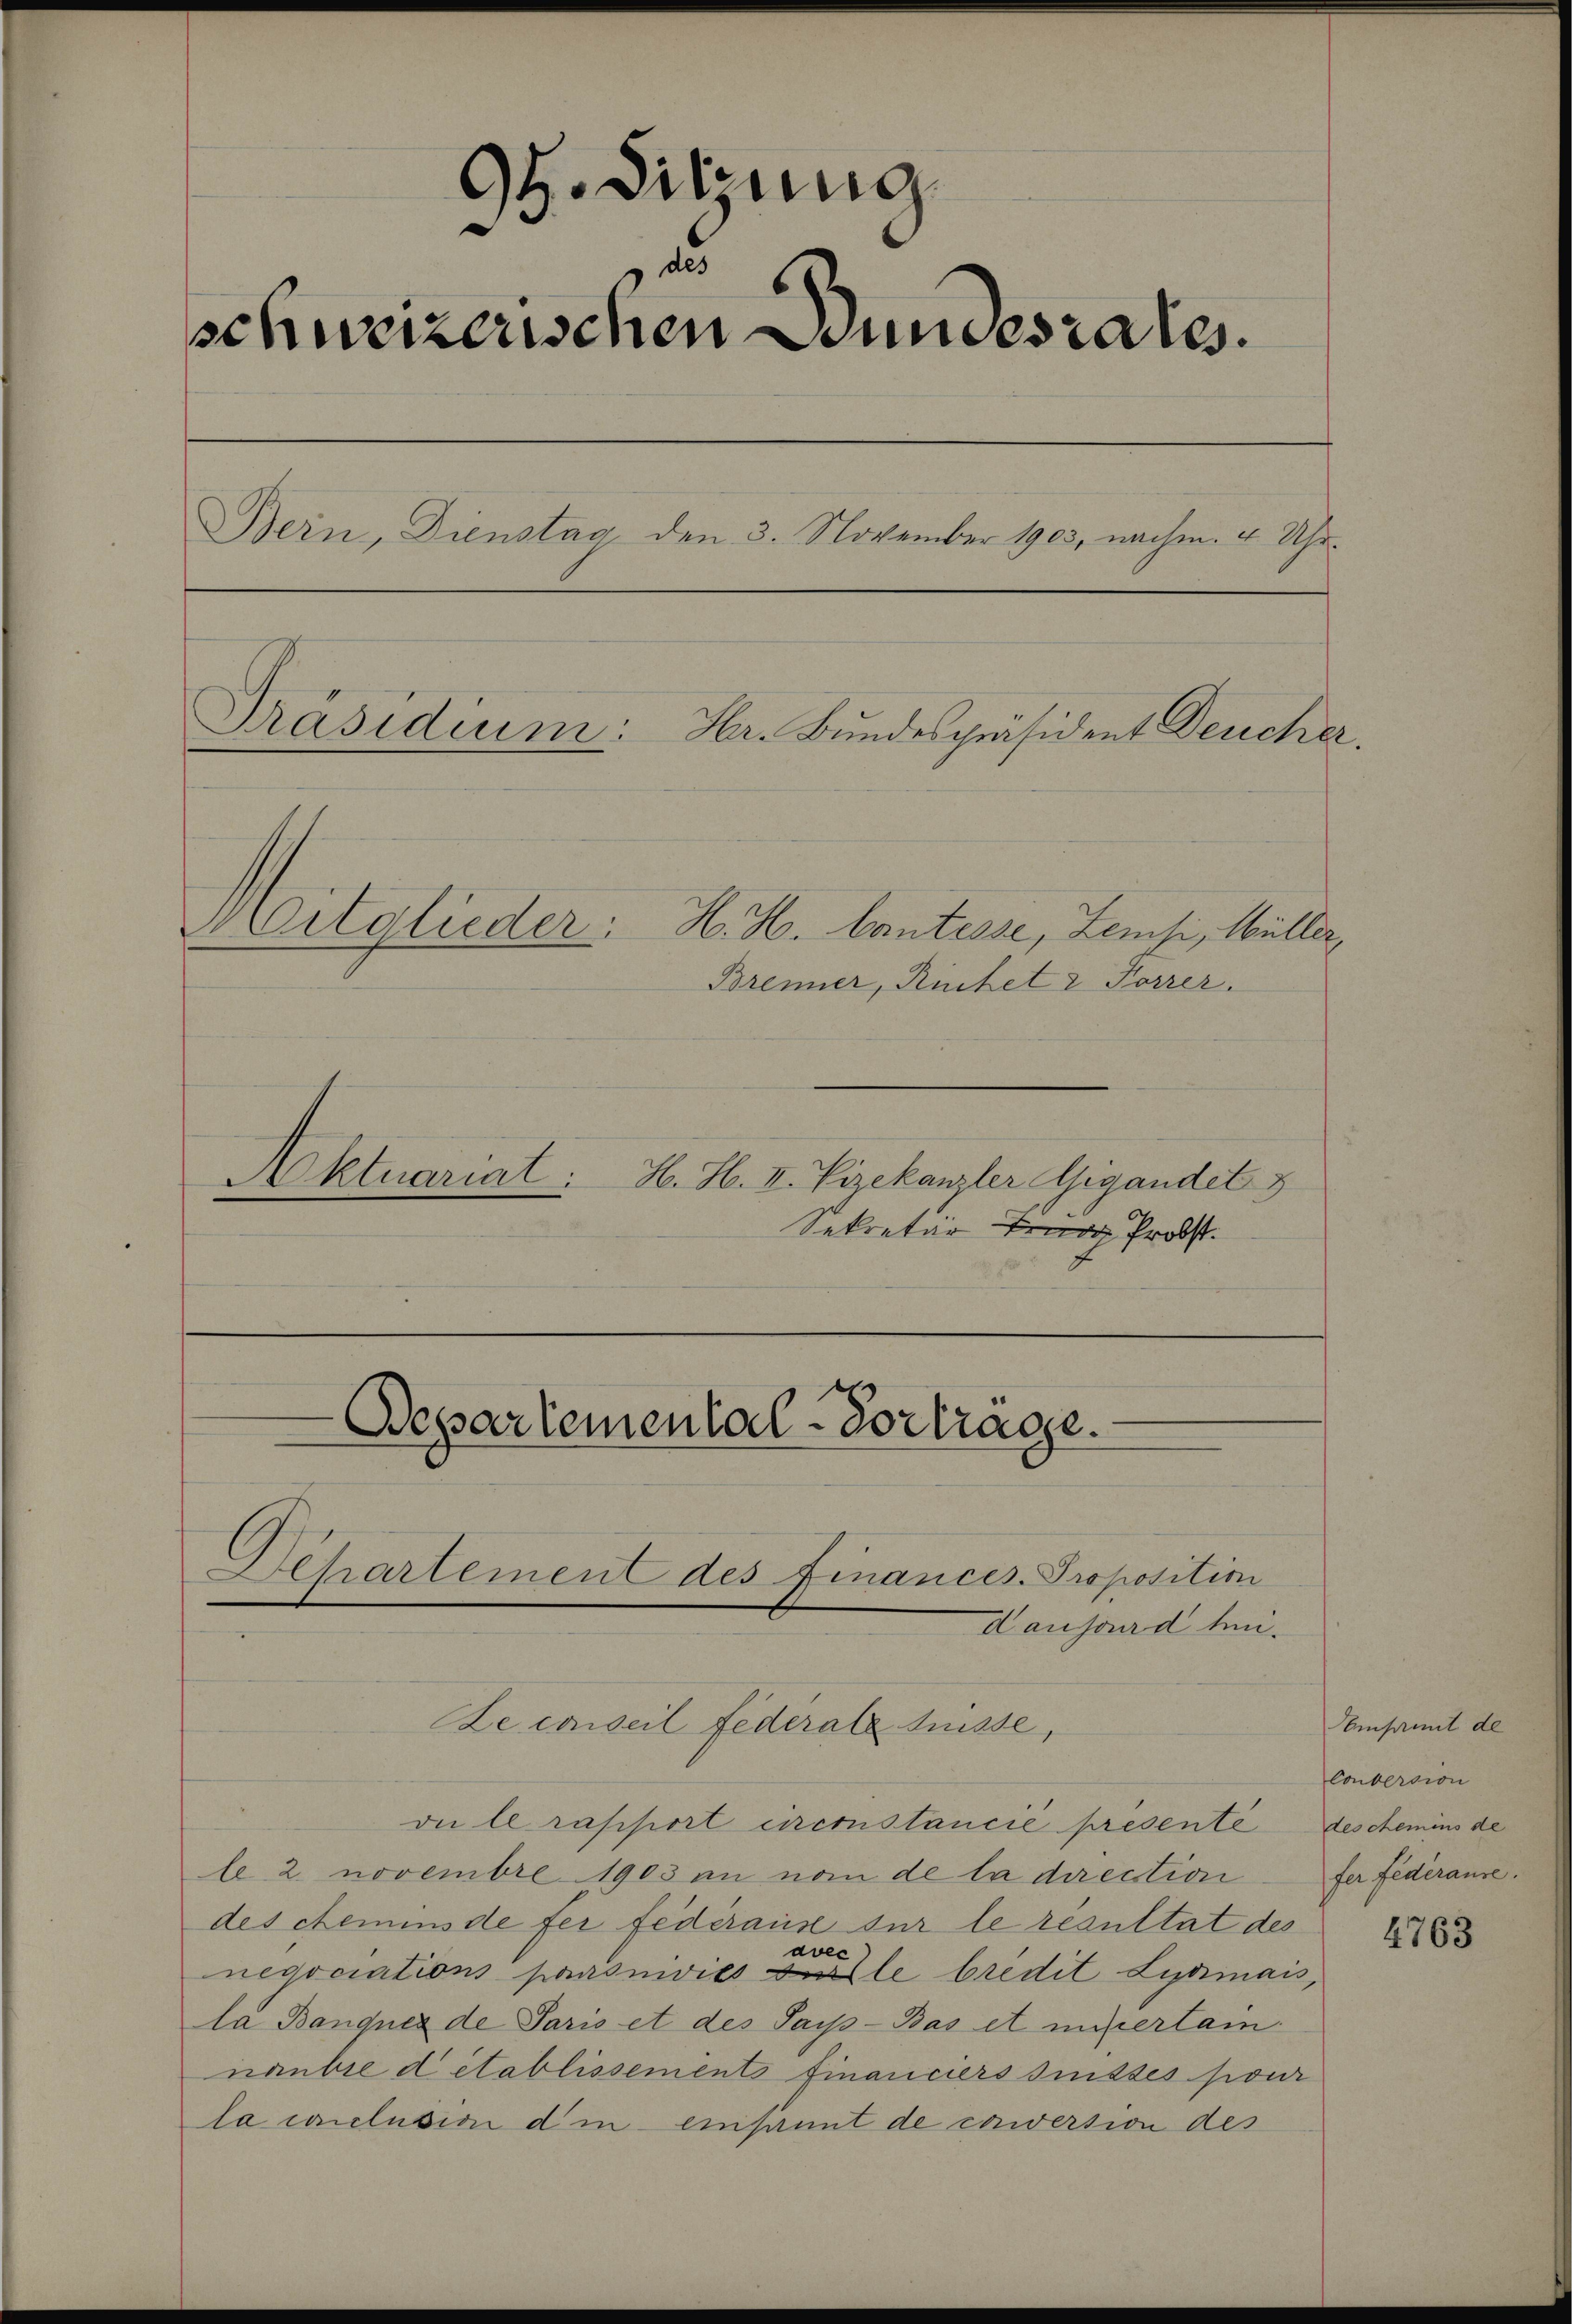
9t. Sitzung
1
schweizerischen Bundesrates.
Bern, Dienstag, den 3. November 1903, nachm. 4 Uhr¬
Präsidium. Hr. Bundespräsident Deucher.
Mitglieder.
H. H. Cantesse, Zeisi, Müller,

Brenner, Rindet & Forrer.
Aktuariat:
H. H. II. Vizekanzler Gigandet
Sekretär teur Prost.

Le conseil Federate Füsse,
vu le rapport circostancié présente
le 2 novembre 1903 in vom de la direction
des chemens de fer federause sur le resultat des
avec
negociations paroniviés alle Credit Lidimais,
la Banquer de Paris et des Sayss-Bas et unsertam
nanbie d établissements financiers suisses pour
la conclusion d in einsamt de conversion des

Departemental-Vortrage.
Behartement des Finances. Proposition
Daujourd hi

mpnit de
Conversion
des chemins de
fer federause.

4763